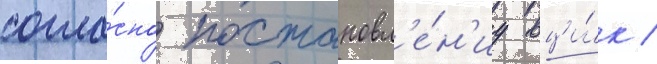
согла́сно постановл'е́н'иу вци́к /